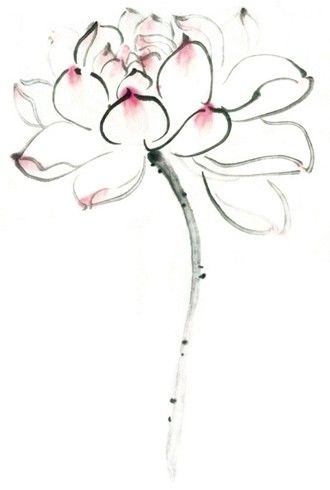
向浅洲远渚，亭亭清绝。